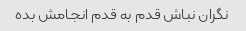
نگران نباش قدم به قدم انجامش بده